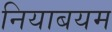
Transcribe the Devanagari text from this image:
नियाबयम